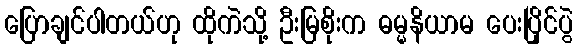
ပြောချင်ပါတယ်ဟု ထိုကဲသို့ ဦးမြစိုးက ဓမ္မနိယာမ ပေးပြိုင်ပွဲ